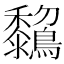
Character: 𪇺